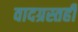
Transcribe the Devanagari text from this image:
वादग्रस्तही